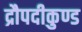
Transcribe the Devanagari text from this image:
द्रौपदीकुण्ड